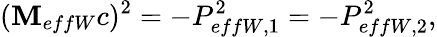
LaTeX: (\mathbf{M}_{effW}c)^{2}=-P_{effW,1}^{2}=-P_{effW,2}^{2},